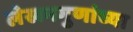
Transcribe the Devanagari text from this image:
लेखनगुणांच्या